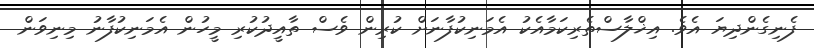
ފެނިގެންދިޔަ އެވެ. އިޚްލާސްތެރިކަމާއެކު އެމަނިކުފާނަށް ކުރިން ވެސް ތާއީދުކުރި މީހުން އެމަނިކުފާނު މިނިވަން